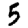
Digit: 5